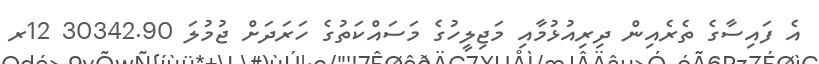
އެ ފައިސާގެ ތެރެއިން ދިރިއުޅުމާއި މަޖިލީހުގެ މަސައްކަތުގެ ހަރަދަށް ޖުމުލަ 30342.90 12ރ